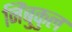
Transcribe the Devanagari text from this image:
निंबुकुल